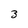
Character: 3